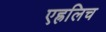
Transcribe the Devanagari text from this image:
एह्रलिच